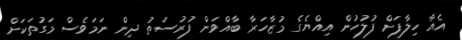
އެއާ ހިލާފަށް ފުލުހުން އިއްޔެގެ މުޒާހަރާ ބާއްވަން ފުރުސަތު ދިން ނަމަވެސް މަގުތަކަށް